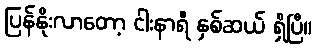
ပြန်နိုးလာတော့ ငါးနာရီ နှစ်ဆယ် ရှိပြီ။